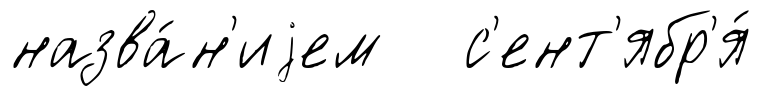
назва́н'иjем с'ент'ябр'я́